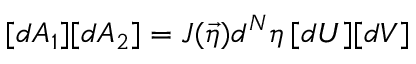
[ d A _ { 1 } ] [ d A _ { 2 } ] = J ( \vec { \eta } ) d ^ { N } \eta \, [ d U ] [ d V ]